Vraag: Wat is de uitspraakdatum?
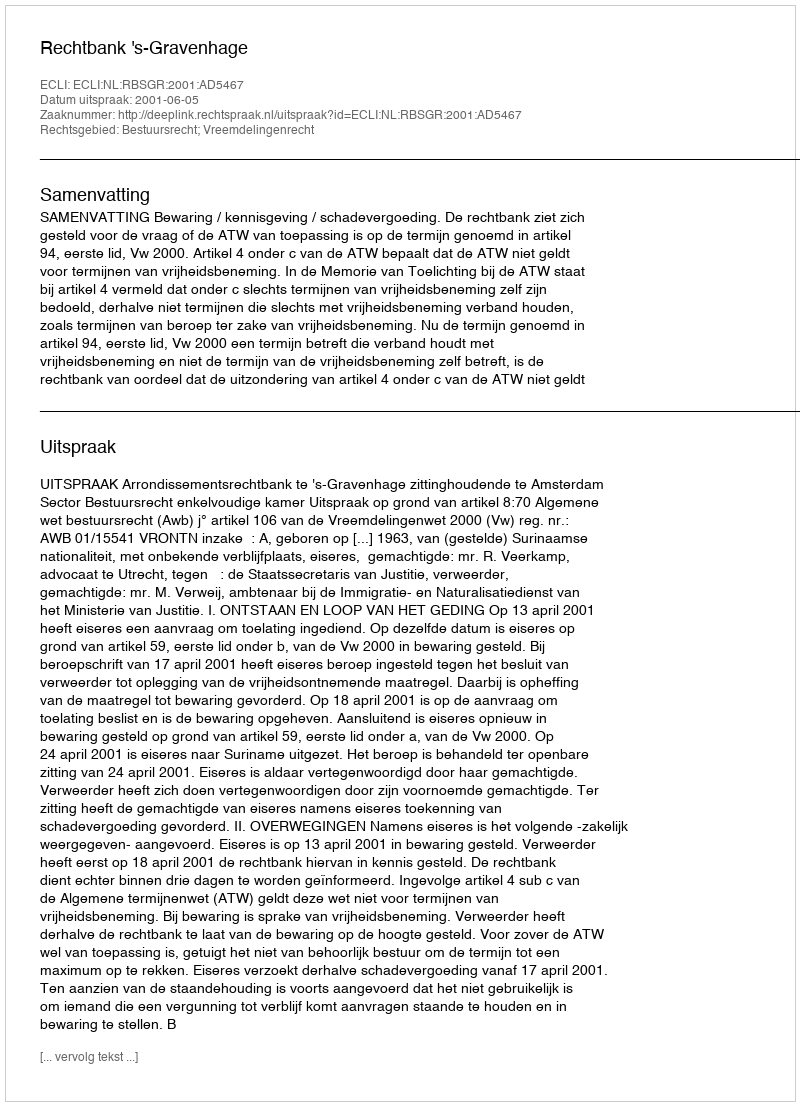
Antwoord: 2001-06-05